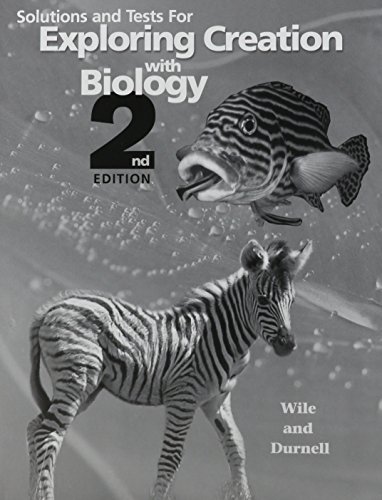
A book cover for Solutions and Tests for Exploring Creation with Biology 2nd Edition; Dr. Jay L. Wile; Education & Teaching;